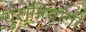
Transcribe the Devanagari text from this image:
युरोपियांनी